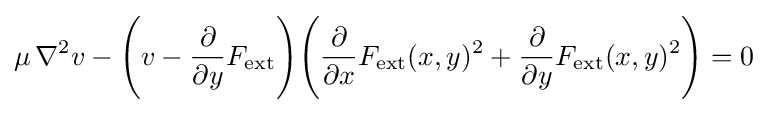
\mu \,\nabla ^{2}v-{\Bigg (}v-{\frac {\partial }{\partial y}}F_{\text{ext}}{\Bigg )}{\Bigg (}{\frac {\partial }{\partial x}}F_{\text{ext}}(x,y)^{2}+{\frac {\partial }{\partial y}}F_{\text{ext}}(x,y)^{2}{\Bigg )}=0